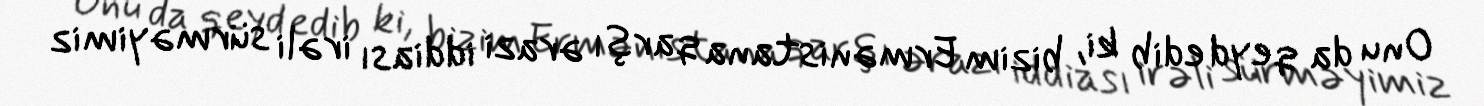
Onu da qeyd edib ki, bizim Ermənistana qarşı ərazi iddiası irəli sürməyimiz